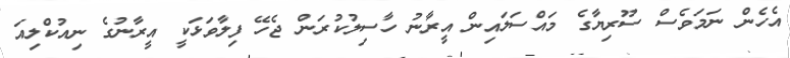
އެހެން ނަމަވެސް ސޫރިޔާގެ މައްސަލައިން އީރާނު ހާސިލުކުރަން ޖެހޭ ފިލާވަޅަކީ އީރާނުގެ ނިއުކްލިއަ